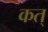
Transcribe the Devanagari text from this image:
कत्